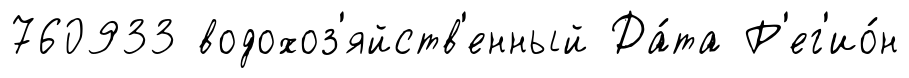
760933 водохоз'яйств'енный Да́та Р'ег'ио́н